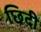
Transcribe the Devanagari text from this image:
छिदी